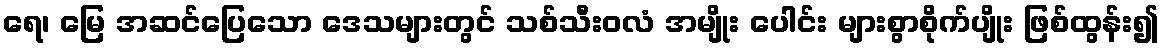
ရေ၊ မြေ အဆင်ပြေသော ဒေသများတွင် သစ်သီးဝလံ အမျိုး ပေါင်း များစွာစိုက်ပျိုး ဖြစ်ထွန်း၍